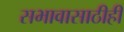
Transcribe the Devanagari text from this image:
सभावासाठीही